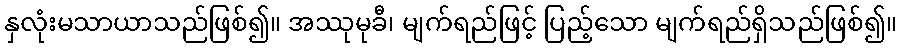
နှလုံးမသာယာသည်ဖြစ်၍။ အဿုမုခီ၊ မျက်ရည်ဖြင့် ပြည့်သော မျက်ရည်ရှိသည်ဖြစ်၍။